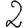
Digit: 2